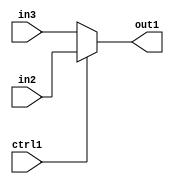
`timescale 1ps / 1ps
/*****************************************************************************
    Verilog RTL Description
    
    
    Created by: Stratus DpOpt 2019.1.01 
*******************************************************************************/

module SobelFilter_N_Muxb_1_2_3_4 (
	in3,
	in2,
	ctrl1,
	out1
	); /* architecture "behavioural" */ 
input  in3,
	in2,
	ctrl1;
output  out1;
wire  asc001;

reg [0:0] asc001_tmp_0;
assign asc001 = asc001_tmp_0;
always @ (ctrl1 or in2 or in3) begin
	case (ctrl1)
		1'B1 : asc001_tmp_0 = in2 ;
		default : asc001_tmp_0 = in3 ;
	endcase
end

assign out1 = asc001;
endmodule

/* CADENCE  uLPzTAk= : u9/ySgnWtBlWxVPRXgAZ4Og= ** DO NOT EDIT THIS LINE ******/